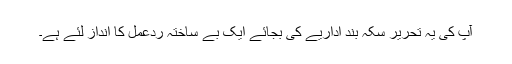
آپ کی یہ تحریر سکہ بند اداریے کی بجائے ایک بے ساختہ ردعمل کا انداز لئے ہے۔